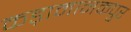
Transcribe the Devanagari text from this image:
कड़ामानकपुर